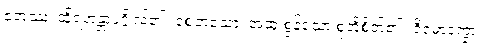
ဧတဿ၊ ထိုရဟန္တာပုဂ္ဂိုလ်၏။ စေတသော၊ အဆုံးစွန်သော စုတိစိတ်၏။ ဝိမောက္ခော၊